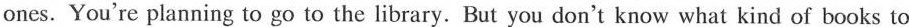
ones. You're planning to go to the library. But you don't know what kind of books to